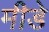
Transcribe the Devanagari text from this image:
मीडे